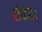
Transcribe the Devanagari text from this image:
संकेत।